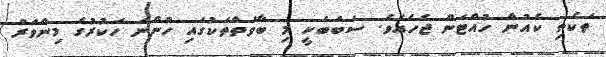
ތަކެތި ކެއުން ހުއްޓަން ޖެހެއެވެ. ސަބަބަކީ މި ބާވަތްތަކުގައި ހުންނަ ހަކުރުގެ މިންވަރު